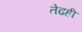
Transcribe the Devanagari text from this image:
तेढही